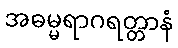
အဓမ္မရာဂရတ္တာနံ